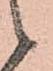
候